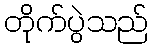
တိုက်ပွဲသည်